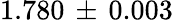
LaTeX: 1.780\, \pm\, 0.003